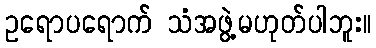
ဥရောပရောက် သံအဖွဲ့မဟုတ်ပါဘူး။